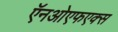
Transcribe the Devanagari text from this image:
ऍनओएफएक्स